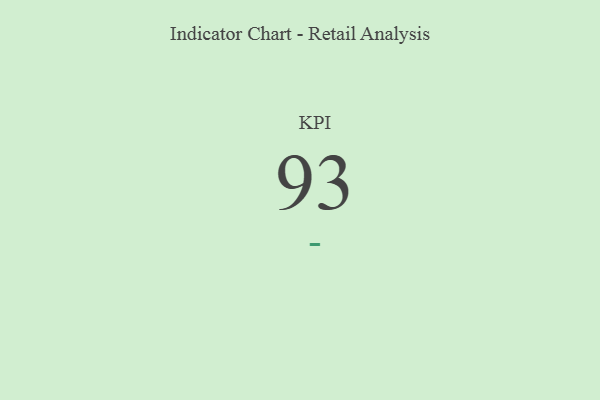
{"axis": {"x": "KPI", "y": "Value"}, "legend": [""], "data": [{"x": "KPI", "y": 93, "type": ""}]}